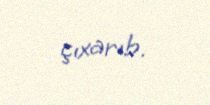
çıxarıb.